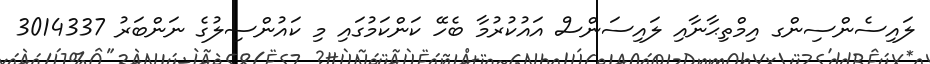
ލައިސެންސިންގ އިމްތިޙާނާއި ލައިސަންސް އައުކުރުމާ ބެހޭ ކަންކަމުގައިި މި ކައުންސިލުގެ ނަންބަރު 3014337